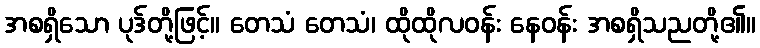
အစရှိသော ပုဒ်တို့ဖြင့်။ တေသံ တေသံ၊ ထိုထိုလဝန်း နေဝန်း အစရှိသညတို့၏။